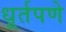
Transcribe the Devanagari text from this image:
धूर्तपणे